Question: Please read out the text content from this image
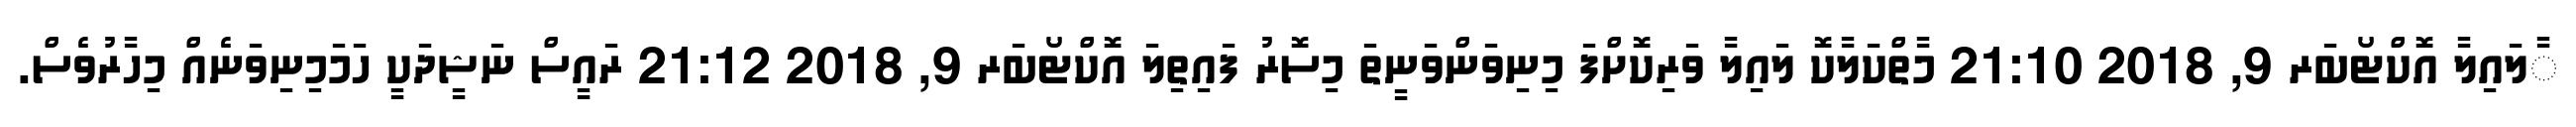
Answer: ާލައިލާ އޮކްޓޯބަރ 9, 2018 21:10 މާތްކަލާކޮ ލައިލާ ވަރިކޮށްފަ މިނިވަންވަނީތަ މިސޮރު ފައިތިލަ އޮކްޓޯބަރ 9, 2018 21:12 ރައީސް ނަޝީދަކީ ހަމަމިނިވަނެއް މިހާރުވެސް.